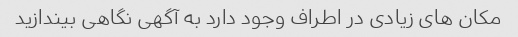
مکان های زیادی در اطراف وجود دارد به آگهی نگاهی بیندازید